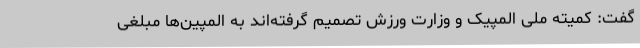
گفت: کمیته ملی المپیک و وزارت ورزش تصمیم گرفته‌اند به المپین‌ها مبلغی